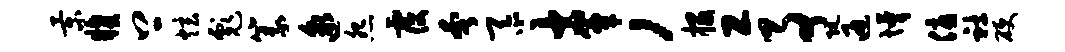
景糗上炫彪篆邈怨覆奢忝士簟，投工事阮通懵优社硬